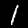
Label: 1